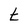
Character: t